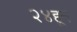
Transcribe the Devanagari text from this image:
२४हून